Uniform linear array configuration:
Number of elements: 48
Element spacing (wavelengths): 0.5
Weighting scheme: hamming
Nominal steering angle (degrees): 0
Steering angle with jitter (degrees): -0.2651
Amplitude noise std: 0.05
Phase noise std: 0.05

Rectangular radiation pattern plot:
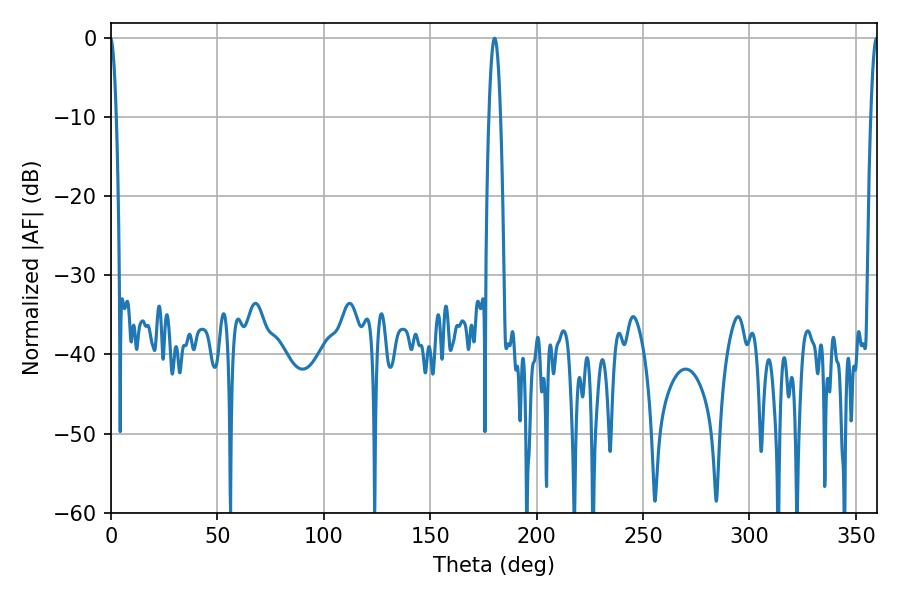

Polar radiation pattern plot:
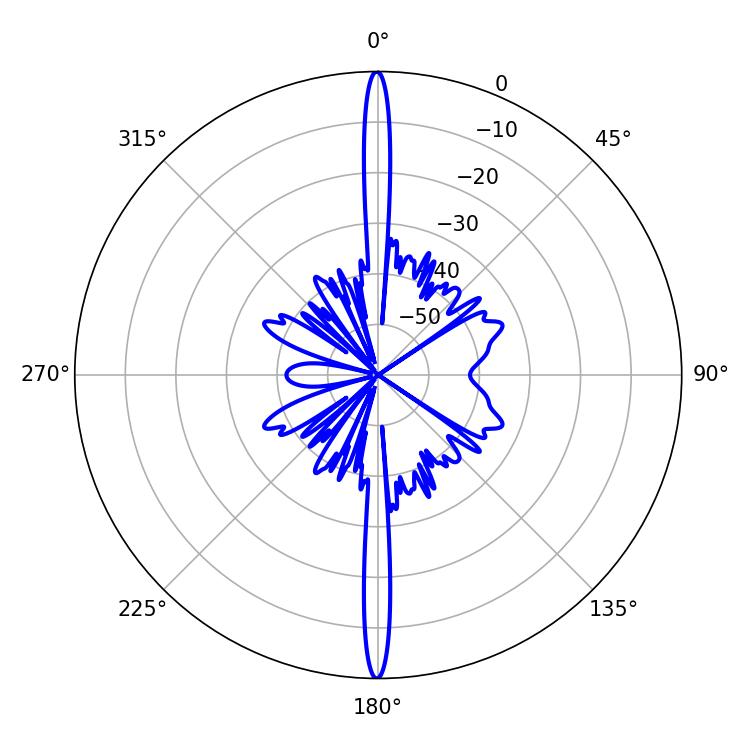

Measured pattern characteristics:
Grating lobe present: FALSE
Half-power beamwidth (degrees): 3.06
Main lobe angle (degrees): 180.18